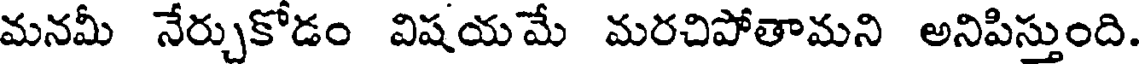
మనమీ నేర్చుకోడం విషయమే మరచిపోతామని అనిపిస్తుంది.